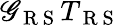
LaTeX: \mathscr{G}_{\mathrm{{~R~S~}}}T_{\mathrm{{~R~S~}}}